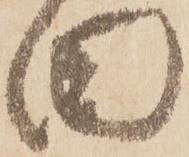
田